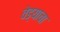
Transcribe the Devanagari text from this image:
वेड्याचा